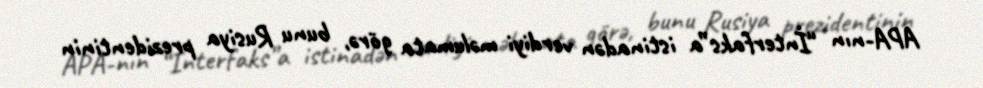
APA-nın “İnterfaks”a istinadən verdiyi məlumata görə, bunu Rusiya prezidentinin